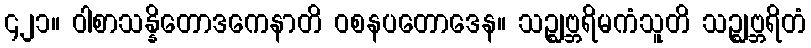
၄၂၁။ ဝါစာသန္နိတောဒကေနာတိ ဝစနပတောဒေန။ သဉ္ဈဗ္ဘရိမကံသူတိ သဉ္ဈဗ္ဘရိတံ